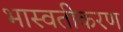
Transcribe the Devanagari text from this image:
भास्वतीकरण